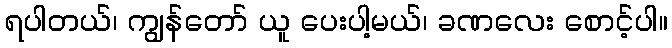
ရပါတယ်၊ ကျွန်တော် ယူ ပေးပါ့မယ်၊ ခဏလေး စောင့်ပါ။